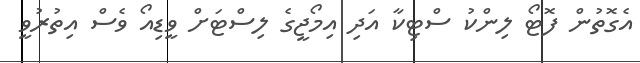
އެގޮތުން ފޮޓޯ ލިންކު ސްޓިކާ އަދި އިމޯޖީގެ ލިސްޓަށް ވީޑިއޯ ވެސް އިތުރުވީ